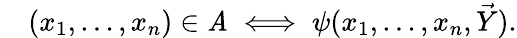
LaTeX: \quad(x_{1},\ldots,x_{n})\in\mathit{A}\iff\psi(x_{1},\ldots,x_{n},{\vec{{Y}}}).